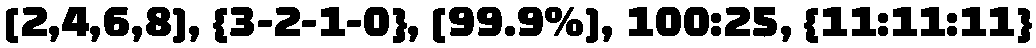
[2,4,6,8], {3-2-1-0}, [99.9%], 100:25, {11:11:11}